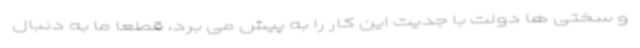
و سختی ها دولت با جدیت این کار را به پیش می برد، قطعا ما به دنبال